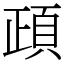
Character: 頙